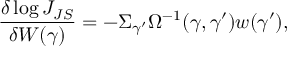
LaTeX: \frac { \delta \log J _ { J S } } { \delta W ( \gamma ) } = - \Sigma _ { \gamma ^ { \prime } } \Omega ^ { - 1 } ( \gamma , \gamma ^ { \prime } ) w ( \gamma ^ { \prime } ) ,